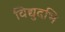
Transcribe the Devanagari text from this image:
विद्युदभि